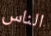
الناس